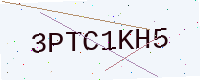
Text: 3PTC1KH5